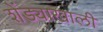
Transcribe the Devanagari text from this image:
शेंड्याखाली